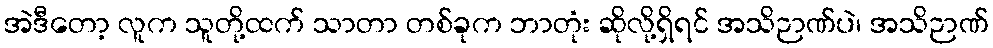
အဲဒီတော့ လူက သူတို့ထက် သာတာ တစ်ခုက ဘာတုံး ဆိုလို့ရှိရင် အသိဉာဏ်ပဲ၊ အသိဉာဏ်